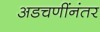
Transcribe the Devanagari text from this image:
अडचणींनंतर